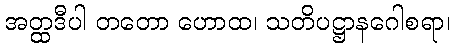
အတ္ထဒီပါ တတော ဟောထ၊ သတိပဋ္ဌာနဂေါစရာ၊